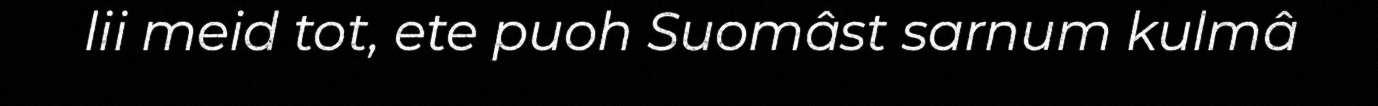
lii meid tot, ete puoh Suomâst sarnum kulmâ